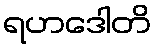
ရဟဒေါတိ